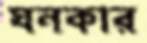
ঘনকার